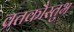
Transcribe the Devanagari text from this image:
व्रतकौस्तुभ